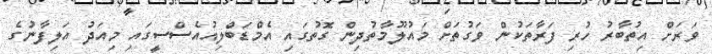
ވަރަށް އިތުބާރު ހުރި ފަރާތަކުން ވަގުތަށް މައުލޫމާތުދިން ގޮތުގައި އެމްޑަބްލިއުއެސްސީގައި މިއަދު އަލިފާނުގެ